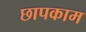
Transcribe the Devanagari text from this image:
छापकाम